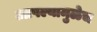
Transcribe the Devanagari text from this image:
आपल्यामुळेच